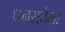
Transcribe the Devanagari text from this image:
धनसत्तेला